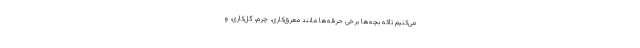
می‌کنیم تاکه بچه‌ها برخی حرفه‌ها مانند معرق‌کاری، چرم، گل‌کاری، و